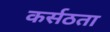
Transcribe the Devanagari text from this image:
कर्सठता